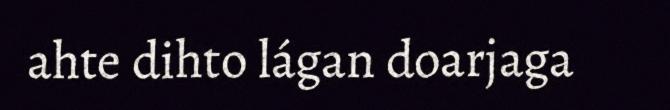
ahte dihto lágan doarjaga